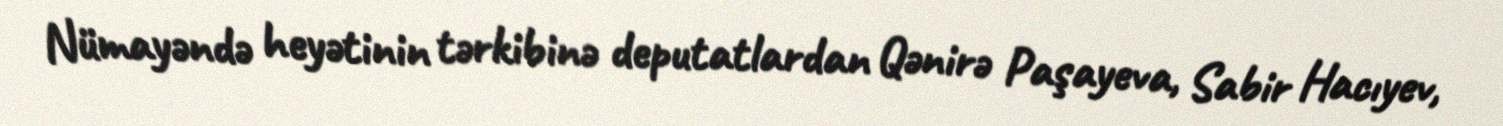
Nümayəndə heyətinin tərkibinə deputatlardan Qənirə Paşayeva, Sabir Hacıyev,